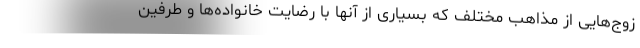
زوج‌هایی از مذاهب مختلف که بسیاری از آنها با رضایت خانواده‌ها و طرفین